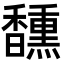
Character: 𮩯